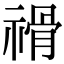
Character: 𥛔